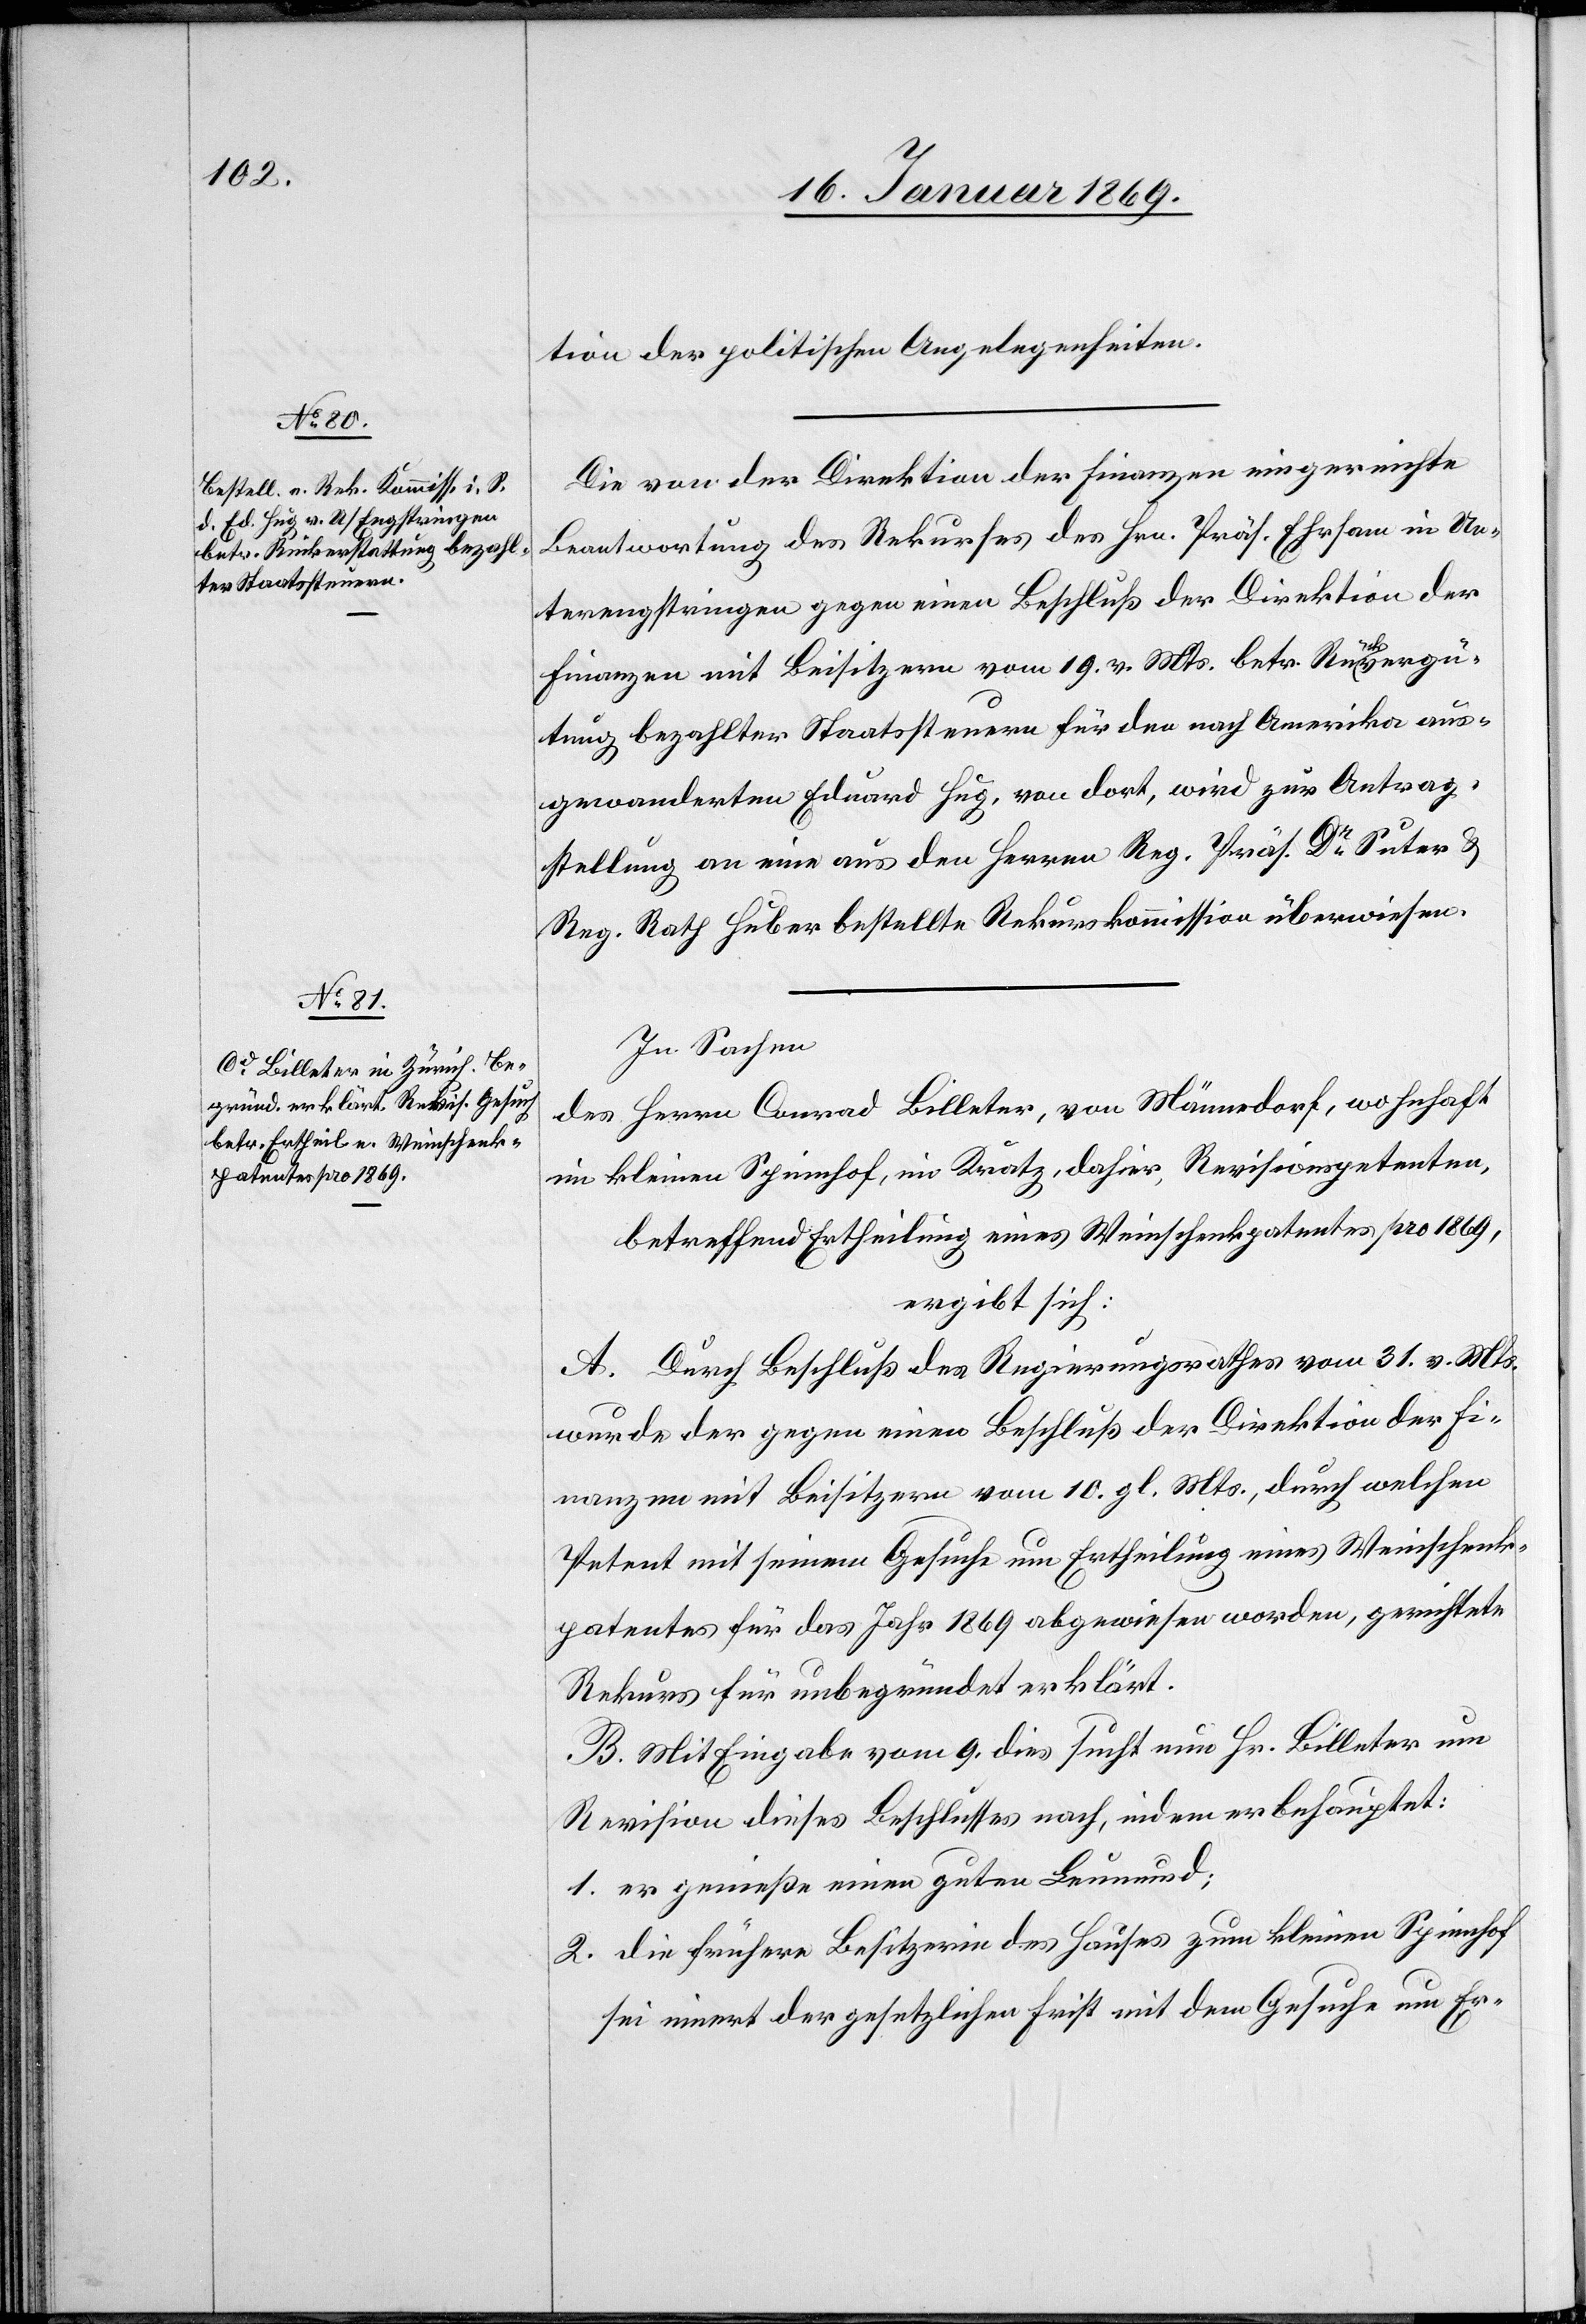
tion der politischen Angelegenheiten.
Die von der Direktion der Finanzen eingereichte
Beantwortung des Rekurses der Hrn. Präs. Ehrsam in Un¬
terengstringen gegen einen Beschluß der Direktion der
Finanzen mit Beisitzern vom 19 v. Mts. betr. Rückvergü¬
tung bezahlter Staatssteuern für den nach Amerika aus¬
gewanderten Eduard Hug, von dort, wird zur Antrag¬
stellung an eine aus den Herren Reg. Präs. Dr Suter u.
Reg. Rath Huber bestellte Rekurskommission überwiesen.
In Sachen
des Herrn Conrad Billeter, von Männedorf, wohnhaft
im kleinen Spinnhof, im Kratz, dahier, Revisionspetenten,
betreffend Ertheilung eines Weinschenkpatenten pro 1869,
ergibt sich:
A. Durch Beschluß des Regierungsrathes vom 31. v. Mts.
wurde der gegen einen Beschluß der Direktion der Fi¬
nanzen mit Beisitzern vom 10. gl. Mts., durch welchen
Petent mit seinem Gesuche um Ertheilung eines Weinschenk¬
patentes für das Jahr 1869 abgewiesen worden, gerichtete
Rekurs für unbegründet erklärt.
B. Mit Eingabe vom 9. dies sucht nun Hr. Billeter um
Revision dieses Beschlusses nach, indem er behauptet:
1. er genieße einen guten Leumund;
2. die frühere Besitzerin des Hauses zum kleinen Spinnhof
sei innert der gesetzlichen Frist mit dem Gesuche um Er-